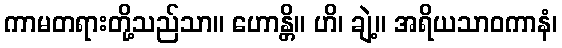
ကာမတရားတို့သည်သာ။ ဟောန္တိ။ ဟိ၊ ချဲ့။ အရိယသာဝကာနံ၊